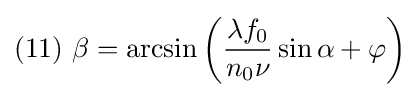
(11)\ \beta =\arcsin \left({\frac {\lambda f_{0}}{n_{0}\nu }}\sin \alpha +\varphi \right)